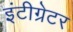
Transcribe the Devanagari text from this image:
इंटीग्रेटर